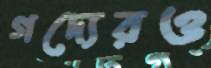
গদ্যেরও